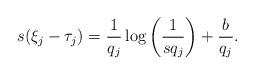
LaTeX: \begin{align*}s(\xi_j - \tau_j) = \frac{1}{q_j} \log \bigg( \frac{1}{sq_j} \bigg) + \frac{b}{q_j}.\end{align*}